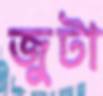
জুটা